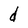
Character: d